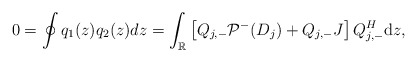
\begin{align*}0=\oint q_1(z) q_2(z) dz=\int_{\mathbb{R}}\left[Q_{j,-}\mathcal{P}^-(D_j)+Q_{j,-}J\right] Q_{j,-}^H \mathrm{d}z,\end{align*}